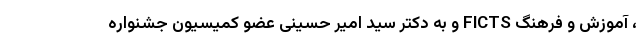
، آموزش و فرهنگ FICTS و به دکتر سید امیر حسینی عضو کمیسیون جشنواره